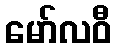
မော်လဝီ